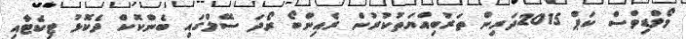
މޯލްޑިވްސް ކަޕް 2015ދަރިން ތަރުބިއްޔަތުކުރުން ރެއިންބޯ ރޯދަ ސޭލްގައި ބެންކޮކް ދެކޮޅު ޓިކެޓާއި